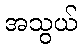
အသွယ်